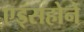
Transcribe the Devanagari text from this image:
एड्सहोने